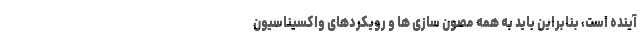
آینده است، بنابراین باید به همه مصون سازی ها و رویکردهای واکسیناسیون